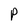
Character: P